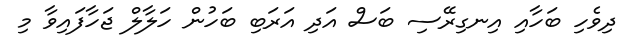
ދިވެހި ބަހާއި އިނގިރޭސި ބަސް އަދި އަރަބި ބަހުން ހަލާލް ޖަހާފައިވާ މި